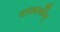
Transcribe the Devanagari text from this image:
बायकार्बोनेट्